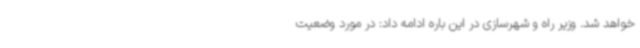
خواهد شد. وزیر راه و شهرسازی در این باره ادامه داد: در مورد وضعیت